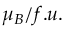
\mu _ { B } / f . u .